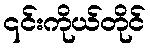
၎င်းကိုယ်တိုင်